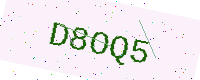
Text: D8OQ5